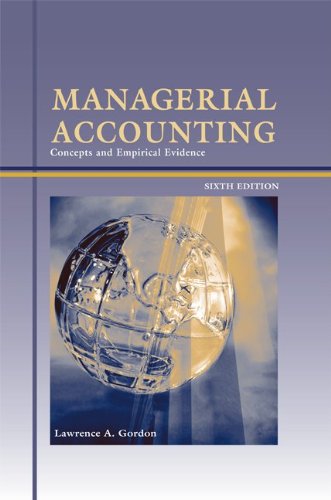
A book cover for Managerial Accounting: Concepts and Empirical Evidence, 6th Edition; Lawrence A. Gordon; Business & Money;